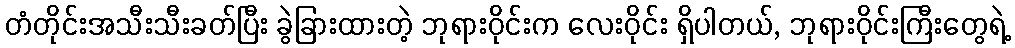
တံတိုင်းအသီးသီးခတ်ပြီး ခွဲခြားထားတဲ့ ဘုရားဝိုင်းက လေးဝိုင်း ရှိပါတယ်, ဘုရားဝိုင်းကြီးတွေရဲ့